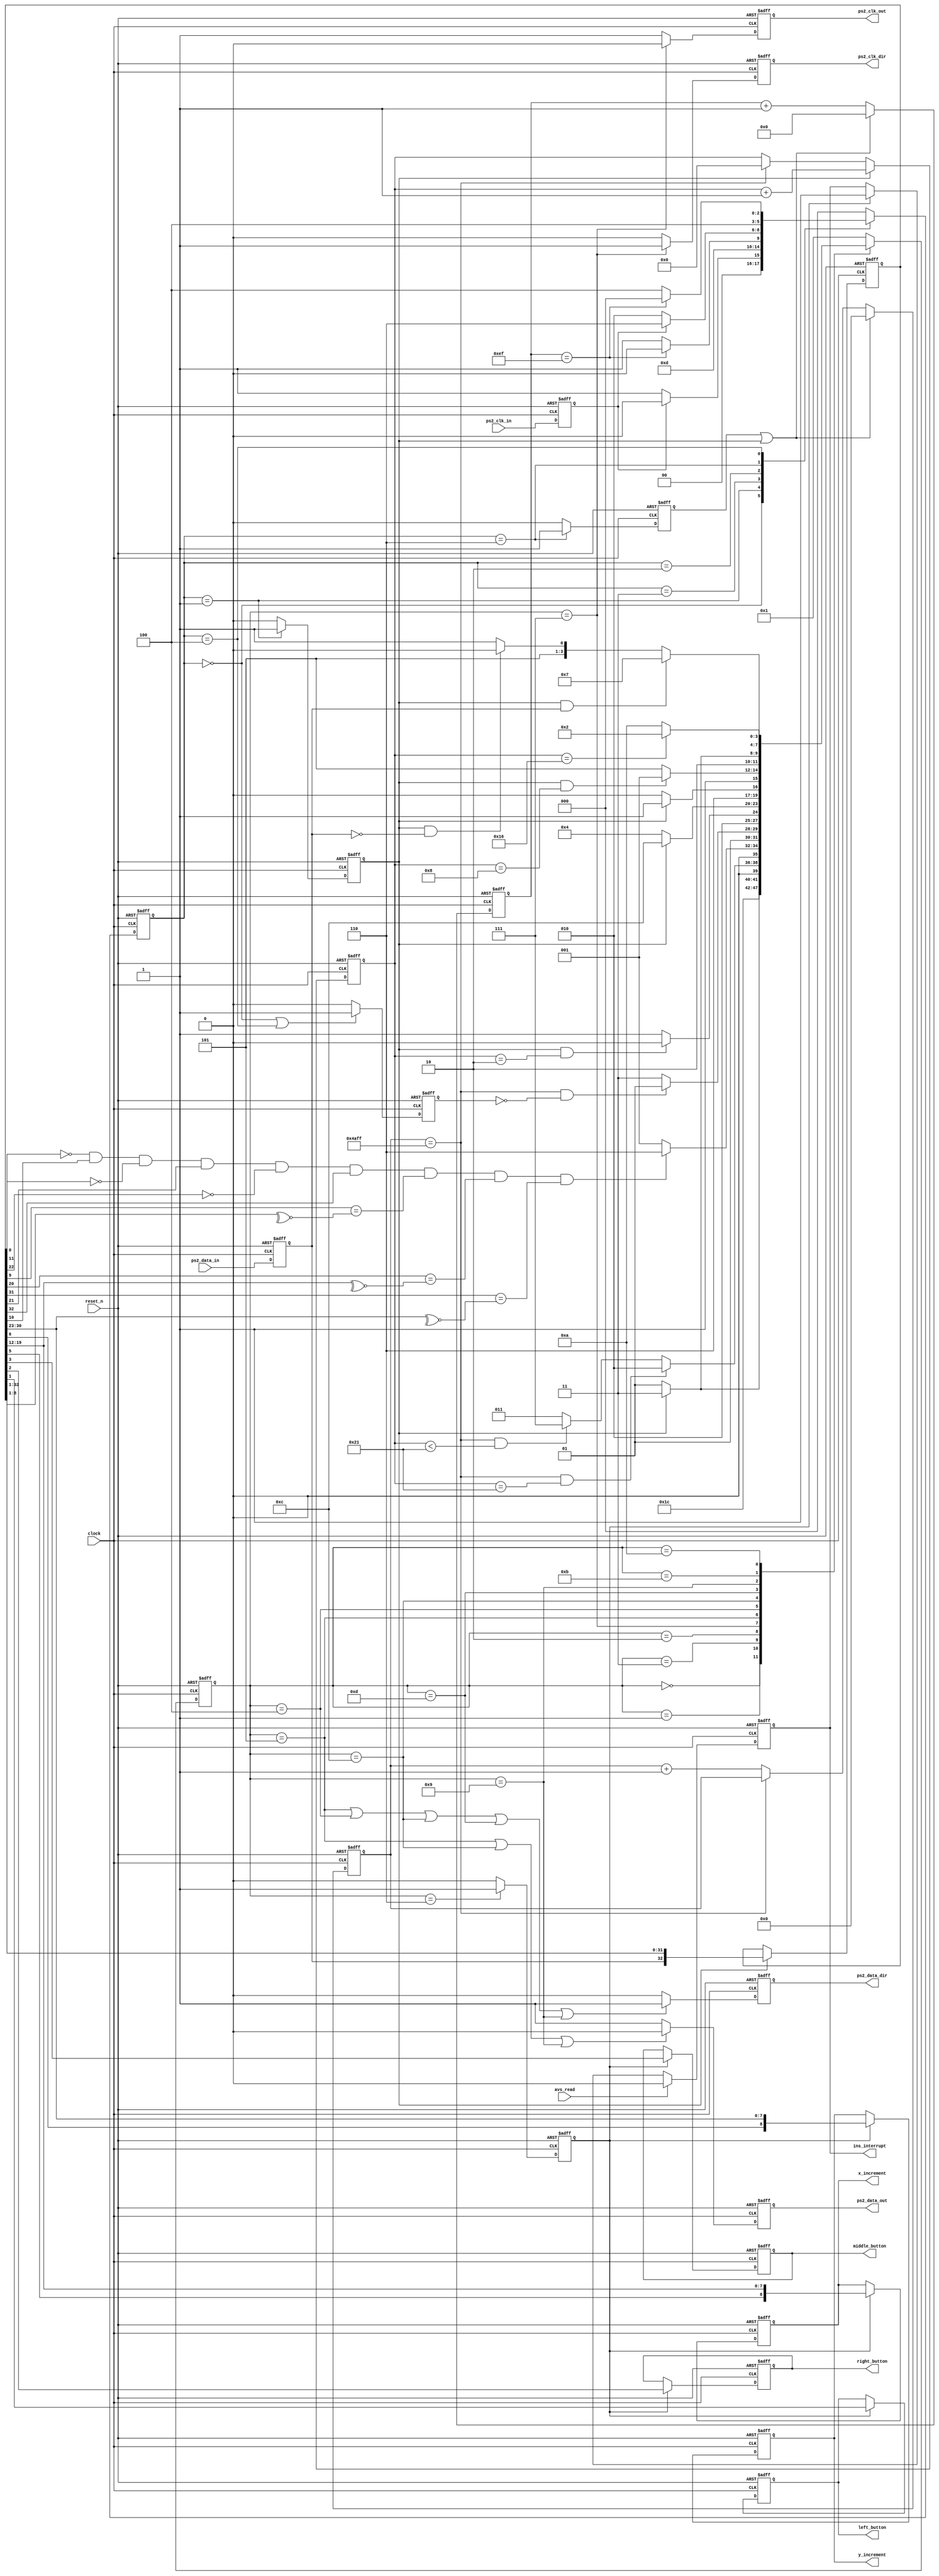
//---------------------------------------------------------------------------
//-- 		:	zircon_avalon_ps2_mouse_logic.v
//-- 		:	PS/2IP
//-- 	:	2014-1-1
//-- 		:	Zircon Opto-Electronic Technology CO.,Ltd.
//---------------------------------------------------------------------------
module zircon_avalon_ps2_mouse_logic
(
	//
	clock,reset_n,
	//Avalon-MM
	avs_read,ins_interrupt,	
	//
	ps2_clk_in,ps2_data_in,ps2_clk_out,ps2_data_out,ps2_clk_dir,ps2_data_dir,  
	//
	left_button,right_button,middle_button,x_increment,y_increment
	
);
  
input 					clock;									//
input 					reset_n;									//
input 					avs_read;								//Avalon
output reg				ins_interrupt;							//Avalon
reg						ins_interrupt_n;						//ins_interrupt
input 					ps2_clk_in;           				//PS/2,
input 					ps2_data_in;          				//PS/2,
output reg				ps2_clk_out;  							//PS/2,
reg						ps2_clk_out_n;  						//ps2_clk_out
output reg				ps2_data_out; 							//PS/2,
reg 						ps2_data_out_n; 						//ps2_data_out
output reg 				ps2_clk_dir;         				//PS/2
reg 						ps2_clk_dir_n;         				//ps2_clk_dir
output reg				ps2_data_dir;        				//PS/2
reg						ps2_data_dir_n;        				//ps2_data_dir
output reg				left_button;							//
reg 						left_button_n;							//left_button
output reg				right_button;							//
reg 						right_button_n;						//right_button
output reg				middle_button;							//
reg 						middle_button_n;						//middle_button
output reg	[ 8:0] 	x_increment;							//X
reg 			[ 8:0] 	x_increment_n;							//x_increment
output reg	[ 8:0] 	y_increment;							//Y
reg 			[ 8:0] 	y_increment_n;							//y_increment

reg 			[32:0] 	read_data;  							//
reg 			[32:0] 	read_data_n;  							//read_data
reg 			[ 2:0] 	fsm_cs1;									//1
reg 			[ 2:0] 	fsm_ns1;									//1
reg 			[ 3:0] 	fsm_cs2;									//2
reg 			[ 3:0] 	fsm_ns2;									//2
reg 			[ 5:0] 	bit_count;                			//
reg 			[ 5:0] 	bit_count_n;                		//bit_conut
reg 			[14:0] 	watchdog_time_cnt; 					//
reg 			[14:0] 	watchdog_time_cnt_n; 				//watchdog_time_cnt
reg 			[ 7:0]   time_cnt_5us;        				//5us
reg 			[ 7:0]   time_cnt_5us_n;         			//time_cnt_5us
reg 						sync_ps2_clk;     					//PS2
reg 						sync_ps2_data;    					//PS2
reg 						sync_clk;         					//PS2
reg 						sync_clk_n;         					//sync_clk
reg 						rising_edge;      					//PS2
reg 						rising_edge_n;      					//rising_edge
reg 						falling_edge;     					//PS2
reg 						falling_edge_n;     					//falling_edge
reg						data_ready;								// 
reg 						data_ready_n;							//data_ready

wire 						watchdog_time_cnt_done; 			//
wire 						time_cnt_5us_done;      			//
wire 						packet_good;         				//

//1
parameter				FSM_CLK_HIGH     		= 3'b000,	//
							FSM_FALLING_EDGE		= 3'b001,	//
							FSM_FALLING_WAIT		= 3'b011,	//
							FSM_CLK_LOW  			= 3'b010,	//
							FSM_RISING_EDGE		= 3'b110,	//
							FSM_RISING_WAIT		= 3'b100;	//

//2
parameter 				FSM_RESET				= 4'b0000,	//,PS2
							FSM_WAIT 				= 4'b0001,	//
							FSM_GATHER 		 		= 4'b0011,	//
							FSM_VERIFY 				= 4'b0010,	//
							FSM_USE 			 		= 4'b0110,	//
							FSM_HOLD_CLK_LOW 		= 4'b0111,	//400US
							FSM_DATA_LOW_1 		= 4'b0101,	//"0",d[0],d[1]
							FSM_DATA_HIGH_1		= 4'b0100,	//d[2]
							FSM_DATA_LOW_2 		= 4'b1100,	//d[3]
							FSM_DATA_HIGH_2		= 4'b1101,	//d[4],d[5],d[6],d[7]
							FSM_DATA_LOW_3 		= 4'b1001,	//
							FSM_DATA_HIGH_3		= 4'b1011,	//"1",
							FSM_AWAIT_RESPONSE	= 4'b1010;	//

//PS/2
always @ (posedge clock or negedge reset_n)
begin
	if(!reset_n)							
		sync_ps2_clk <= 1'b0;					
	else
		sync_ps2_clk <= ps2_clk_in;			
end

//PS/2
always @ (posedge clock or negedge reset_n)
begin
	if(!reset_n)							
		sync_ps2_data <= 1'b0;					
	else
		sync_ps2_data <= ps2_data_in;			
end

//,fsm_cs1
always @ (posedge clock or negedge reset_n)
begin 
	if(!reset_n == 1'b1) 
		fsm_cs1 <= FSM_CLK_HIGH;
	else 
		fsm_cs1 <= fsm_ns1;
end

//,PS2PS2
always @ (*)
begin 
	case(fsm_cs1)
	
		FSM_CLK_HIGH:				//
		begin

			if(~sync_ps2_clk)
				fsm_ns1 <= FSM_FALLING_EDGE;
			else 
				fsm_ns1 <= FSM_CLK_HIGH;
		end

		FSM_FALLING_EDGE:			//
		begin
			fsm_ns1 <= FSM_FALLING_WAIT;
		end

		FSM_FALLING_WAIT:			//5US
		begin
			if(time_cnt_5us_done) 
				fsm_ns1 <= FSM_CLK_LOW;
			else 
				fsm_ns1 <= FSM_FALLING_WAIT;
		end

		FSM_CLK_LOW:       		//
		begin
			if(sync_ps2_clk)
				fsm_ns1 <= FSM_RISING_EDGE;
			else 
				fsm_ns1 <= FSM_CLK_LOW;
			end

		FSM_RISING_EDGE:    		//
		begin
			fsm_ns1 <= FSM_RISING_WAIT;
		end

		FSM_RISING_WAIT:  		//5US
		begin
			if(time_cnt_5us_done) 
				fsm_ns1 <= FSM_CLK_HIGH;
			else 
				fsm_ns1 <= FSM_RISING_WAIT;
			end

		default : fsm_ns1 <= FSM_CLK_HIGH;
	endcase
end

//,falling_edge
always @ (posedge clock or negedge reset_n)
begin
	if(!reset_n)
		falling_edge <= 1'b0;
	else
		falling_edge <= falling_edge_n;
end

//,
always @ (*)
begin
	if(fsm_cs1 == FSM_FALLING_EDGE)
		falling_edge_n = 1'b1;
	else
		falling_edge_n = 1'b0;
end

//,rising_edge
always @ (posedge clock or negedge reset_n)
begin
	if(!reset_n)
		rising_edge <= 1'b0;
	else
		rising_edge <= rising_edge_n;
end

//,
always @ (*)
begin
	if(fsm_cs1 == FSM_RISING_EDGE)
		rising_edge_n = 1'b1;
	else
		rising_edge_n = 1'b0;
end

//,sync_clk
always @ (posedge clock or negedge reset_n)
begin
	if(!reset_n)
		sync_clk <= 1'b0;
	else
		sync_clk <= sync_clk_n;
end

//,
always @ (*)
begin
	if((fsm_cs1 == FSM_CLK_HIGH) || (fsm_cs1 == FSM_RISING_WAIT))
		sync_clk_n = 1'b1;
	else
		sync_clk_n = 1'b0;
end

//,fsm_cs2
always @ (posedge clock or negedge reset_n)
begin 
	if(!reset_n == 1'b1) 
		fsm_cs2 <= FSM_RESET;
	else 
		fsm_cs2 <= fsm_ns2;
end

//,PS2PS2
always @ (*)
begin 
	case(fsm_cs2)
  
		FSM_RESET: 					//,PS2
		begin
			fsm_ns2 = FSM_HOLD_CLK_LOW;
		end

		FSM_WAIT:     
		begin
			if(falling_edge) 
				fsm_ns2 = FSM_GATHER;
			else
				fsm_ns2 = FSM_WAIT;
		end

		FSM_GATHER:        		//
		begin
			if(watchdog_time_cnt_done && (bit_count == 6'd33))
				fsm_ns2 = FSM_VERIFY;
			else if(watchdog_time_cnt_done && (bit_count < 6'd33))
				fsm_ns2 = FSM_HOLD_CLK_LOW;
			else
				fsm_ns2 = FSM_GATHER;
		end

		FSM_VERIFY:         		//
		begin
			if(packet_good) 
				fsm_ns2 = FSM_USE;
			else 
				fsm_ns2 = FSM_WAIT;
		end

		FSM_USE:            		//
		begin
			fsm_ns2 = FSM_WAIT;
		end

//,PS20xFF,PS2
//0xFA,360mS,0xAA,
//0xFC;ID0x00.Stream Stream .
//PS2:100 /;4 /;
//1:1;,,
//0xF4,PS20xFA.,PS2.
//()
	   
		FSM_HOLD_CLK_LOW:  		//400US
		begin
			if(watchdog_time_cnt_done && ~sync_clk)
				fsm_ns2 = FSM_DATA_LOW_1;
			else 
				fsm_ns2 = FSM_HOLD_CLK_LOW;
		end

		FSM_DATA_LOW_1:     		//"0",d[0],d[1]
		begin
			if(falling_edge && (bit_count == 6'd2))
				fsm_ns2 = FSM_DATA_HIGH_1;
			else 
				fsm_ns2 = FSM_DATA_LOW_1;
		end

		FSM_DATA_HIGH_1: 			//d[2]
		begin
			if(falling_edge)
				fsm_ns2 = FSM_DATA_LOW_2;
			else
				fsm_ns2 = FSM_DATA_HIGH_1;
		end

		FSM_DATA_LOW_2:			//d[3]
		begin							
			if(falling_edge)
				fsm_ns2 = FSM_DATA_HIGH_2;
			else 
				fsm_ns2 = FSM_DATA_LOW_2;
		end

		FSM_DATA_HIGH_2:    		//d[4],d[5],d[6],d[7]
		begin
			if(falling_edge && (bit_count == 6'd8))
				fsm_ns2 = FSM_DATA_LOW_3;
			else 
				fsm_ns2 = FSM_DATA_HIGH_2;
		end

		FSM_DATA_LOW_3: 			//
		begin
			if(falling_edge)
				fsm_ns2 = FSM_DATA_HIGH_3;
			else
				fsm_ns2 = FSM_DATA_LOW_3;
		end

		FSM_DATA_HIGH_3:			//"1",
		begin
			if(falling_edge && sync_ps2_data)
				fsm_ns2 = FSM_HOLD_CLK_LOW; 	//,
			else if(falling_edge && ~sync_ps2_data)
				fsm_ns2 = FSM_AWAIT_RESPONSE;
			else 
				fsm_ns2 = FSM_DATA_HIGH_3;
		end
		
//SP2,
//(0xFC)(0xFE)
//(0xFA)
//400usbit_count
//11bit_count
//22

		FSM_AWAIT_RESPONSE :		//
		begin
			if(bit_count == 6'd22)
				fsm_ns2 = FSM_VERIFY;
			else 
				fsm_ns2 = FSM_AWAIT_RESPONSE;
		end

		default: fsm_ns2 = FSM_WAIT;
  endcase
end

//,data_ready
always @ (posedge clock or negedge reset_n)
begin
	if(!reset_n)
		data_ready <= 1'b0;
	else
		data_ready <= data_ready_n;
end

//,  
always @ (*)
begin
	if(fsm_cs2 == FSM_USE)
		data_ready_n = 1'b1;
	else
		data_ready_n = 1'b0;
end

//,ps2_data_dir
always @ (posedge clock or negedge reset_n)
begin
	if(!reset_n)
		ps2_data_dir <= 1'b0;
	else
		ps2_data_dir <= ps2_data_dir_n;
end

//,PS/2
always @ (*)
begin
	if(fsm_cs2 == FSM_DATA_LOW_1 	|| fsm_cs2 == FSM_DATA_HIGH_1 || 
		fsm_cs2 == FSM_DATA_LOW_2 	||	fsm_cs2 == FSM_DATA_HIGH_2 || 
		fsm_cs2 == FSM_DATA_LOW_3	)
		ps2_data_dir_n = 1'b1;
	else
		ps2_data_dir_n = 1'b0;
end

//,ps2_clk_dir
always @ (posedge clock or negedge reset_n)
begin
	if(!reset_n)
		ps2_clk_dir <= 1'b0;
	else
		ps2_clk_dir <= ps2_clk_dir_n;
end

//,PS/2
always @ (*)
begin
	if(fsm_cs2 == FSM_HOLD_CLK_LOW)
		ps2_clk_dir_n = 1'b1;
	else
		ps2_clk_dir_n = 1'b0;
end

//,ps2_clk_out
always @ (posedge clock or negedge reset_n)
begin
	if(!reset_n)
		ps2_clk_out <= 1'b1;
	else
		ps2_clk_out <= ps2_clk_out_n;
end

//,PS/2,
always @ (*)
begin
	if(fsm_cs2 == FSM_HOLD_CLK_LOW)
		ps2_clk_out_n = 1'b0;
	else
		ps2_clk_out_n = 1'b1;
end

//,ps2_data_out
always @ (posedge clock or negedge reset_n)
begin
	if(!reset_n)
		ps2_data_out <= 1'b1;
	else
		ps2_data_out <= ps2_data_out_n;
end

//,PS/2,
always @ (*)
begin
	if(fsm_cs2 == FSM_DATA_LOW_1 || fsm_cs2 == FSM_DATA_LOW_2 || fsm_cs2 == FSM_DATA_LOW_3)
		ps2_data_out_n = 1'b0;
	else
		ps2_data_out_n = 1'b1;
end

//,bit_count
always @ (posedge clock or negedge reset_n)
begin
	if(!reset_n)
		bit_count <= 1'b0;
	else
		bit_count <= bit_count_n;
end

//,,PS2
always @ (*)
begin
	if(falling_edge) 
		bit_count_n = bit_count + 6'd1;
	else if(watchdog_time_cnt_done) 	
		bit_count_n = 6'd0;             
	else
		bit_count_n = bit_count;
end

//,read_data
always @ (posedge clock or negedge reset_n)
begin
	if(!reset_n)
		read_data <= 1'b0;
	else
		read_data <= read_data_n;
end


//,,PS2,,
always @ (*)
begin
	if(falling_edge)
		read_data_n = {sync_ps2_data,read_data[32:1]};
	else
		read_data_n = read_data;
end

//,watchdog_time_cnt
always @ (posedge clock or negedge reset_n)
begin
	if(!reset_n) 
		watchdog_time_cnt <= 1'b0;
	else
		watchdog_time_cnt <=  watchdog_time_cnt_n;
end

//,,
always @ (*)
begin
	if(rising_edge || falling_edge) 
		watchdog_time_cnt_n = 1'b0;
	else if(!watchdog_time_cnt_done)
		watchdog_time_cnt_n = watchdog_time_cnt + 1;
	else
		watchdog_time_cnt_n = watchdog_time_cnt;
end

//,PS/2400uswatchdog_time_cnt_done
assign watchdog_time_cnt_done = (watchdog_time_cnt == 15'd19199);

//,time_cnt_5us
always @ (posedge clock or negedge reset_n)
begin
	if(!reset_n) 
		time_cnt_5us <= 1'b0;
	else
		time_cnt_5us <=  time_cnt_5us_n;
end

//,5US
always @ (*)
begin
	if(falling_edge || rising_edge ) 
		time_cnt_5us_n = 0;
	else 
		time_cnt_5us_n = time_cnt_5us + 1;
end

//,5us,time_cnt_5us_done
assign time_cnt_5us_done = (time_cnt_5us == 8'd239);

//
assign packet_good = ((read_data[0]  == 1'b0) && (read_data[10] == 1'b1) && (read_data[11] == 1'b0) &&                                                  	
                      (read_data[21] == 1'b1) && (read_data[22] == 1'b0)	&& (read_data[32] == 1'b1) && 
                      (read_data[9] == ~^read_data[8:1]) && (read_data[20] == ~^read_data[19:12]) && 
							 (read_data[31] == ~^read_data[30:23]) );
							 
//,left_button
always @ (posedge clock or negedge reset_n)
begin
	if(!reset_n) 
		left_button <= 1'b0;
	else
		left_button <= left_button_n;
end							 

//,						 
always @ (*)
begin
	if(data_ready) 
		left_button_n = read_data[1];  
	else
		left_button_n = left_button;
end							 
		
//,right_button		
always @ (posedge clock or negedge reset_n)
begin
	if(!reset_n) 
		right_button <= 1'b0;
	else
		right_button <= right_button_n;
end							 

//,						 
always @ (*)
begin
	if(data_ready) 
		right_button_n = read_data[2];  
	else
		right_button_n = right_button;
end	

//,middle_button	
always @ (posedge clock or negedge reset_n)
begin
	if(!reset_n) 
		middle_button <= 1'b0;
	else
		middle_button <= middle_button_n;
end							 

//,							 
always @ (*)
begin
	if(data_ready) 
		middle_button_n = read_data[3];  
	else
		middle_button_n = middle_button;
end	
		
//,x_increment		
always @ (posedge clock or negedge reset_n)
begin
	if(!reset_n) 
		x_increment <= 1'b0;
	else
		x_increment <= x_increment_n;
end	
						 
//,X				 
always @ (*)
begin
	if(data_ready) 
		x_increment_n = {read_data[5],read_data[19:12]}; 
	else
		x_increment_n = x_increment;
end		

//,y_increment	
always @ (posedge clock or negedge reset_n)
begin
	if(!reset_n) 
		y_increment <= 1'b0;
	else
		y_increment <= y_increment_n;
end	
						 
//,Y			 
always @ (*)
begin
	if(data_ready) 
		y_increment_n = {read_data[6],read_data[30:23]};
	else
		y_increment_n = y_increment;
end	
		
 //,ins_interrupt
always @ (posedge clock or negedge reset_n)
begin
	if(!reset_n)								
		ins_interrupt <= 1'b0;						
	else
		ins_interrupt <= ins_interrupt_n;			
end

 //,
always @ (*)
begin
	if(avs_read)									
		ins_interrupt_n = 1'b0;					
	else if(data_ready)							
		ins_interrupt_n = 1'b1;						
	else
		ins_interrupt_n = ins_interrupt;			
end
	
endmodule